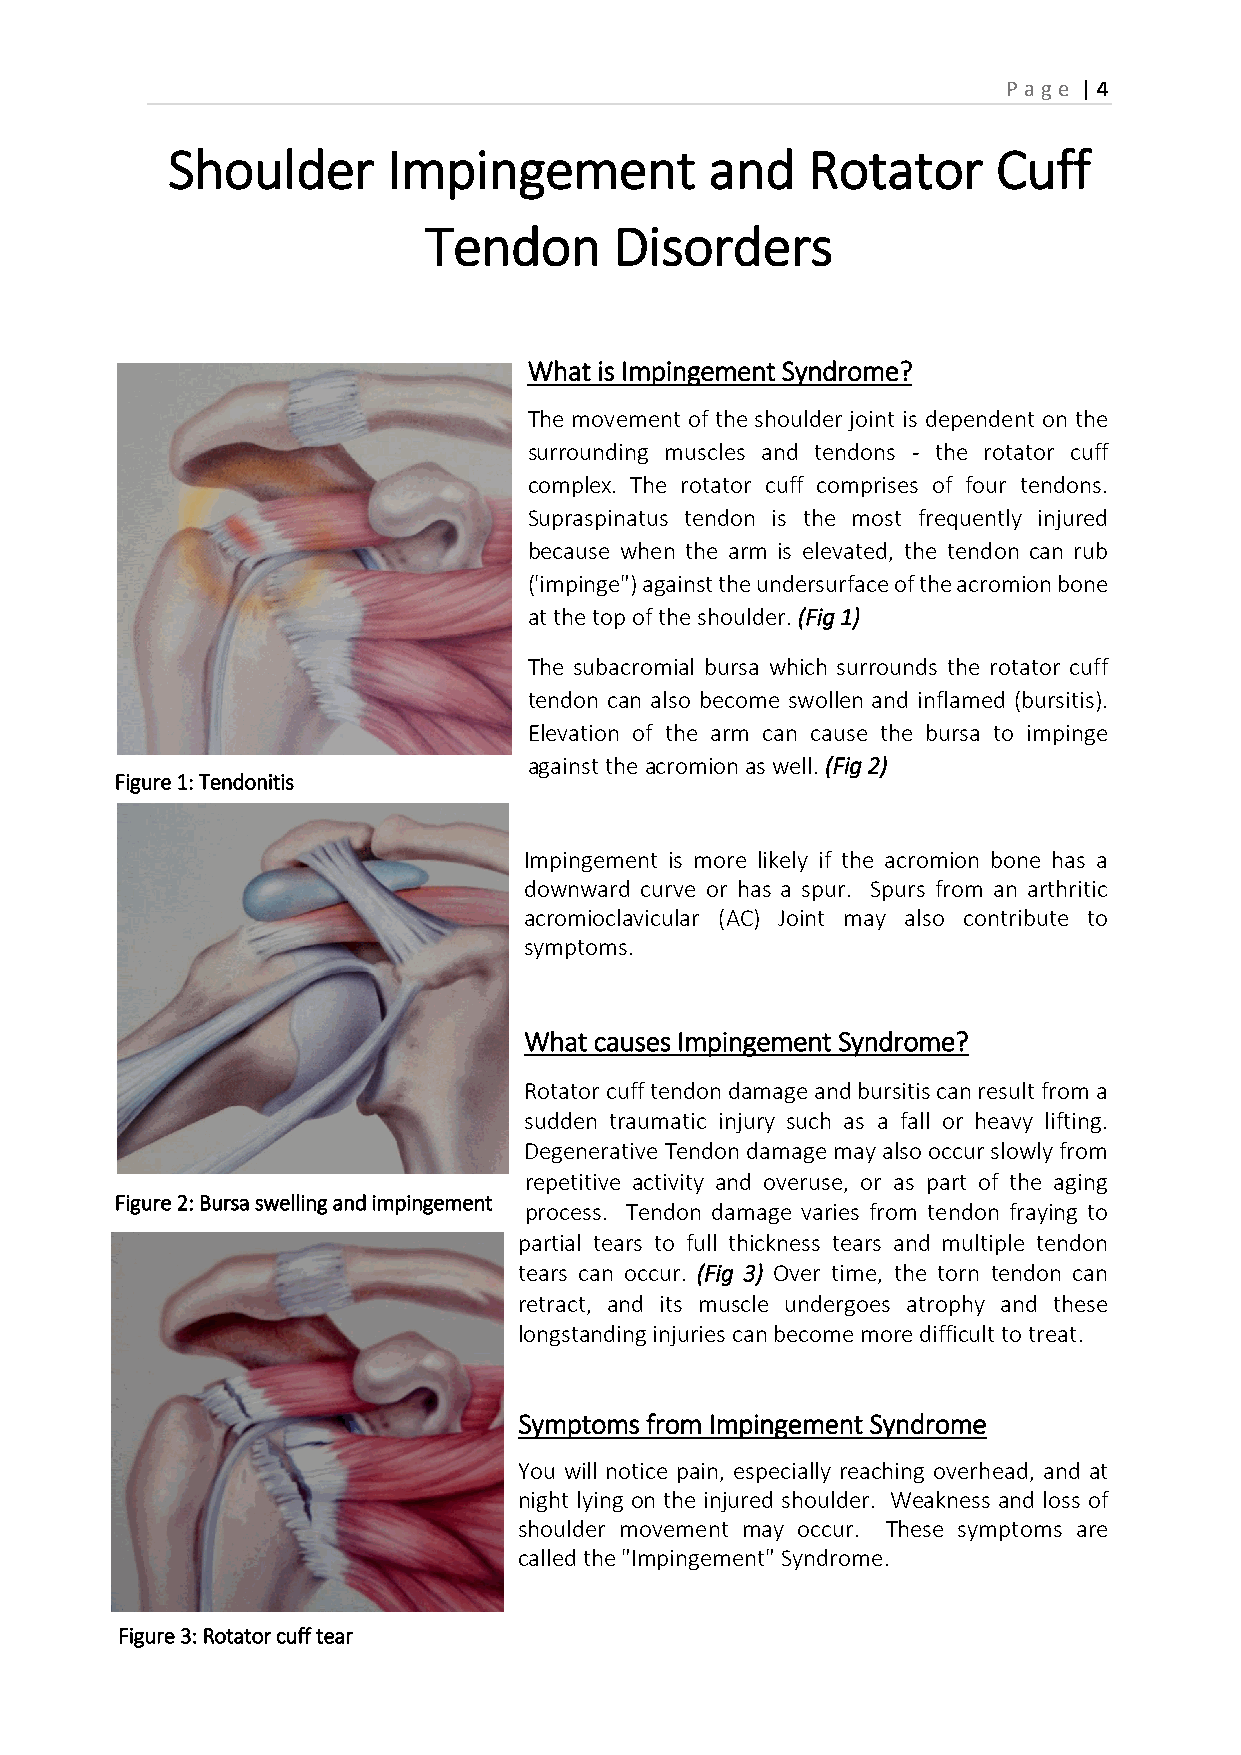
P age | 4
 Shoulder       Impingement          and   Rotator      Cuff
 Tendon       Disorders
 What is Impingement Syndrome?
 The movement of the shoulder joint is dependent on the
 surrounding muscles and tendons - the rotator cuff
 complex. The rotator cuff comprises of four tendons.
 Supraspinatus tendon is the most frequently injured
 because when the arm is elevated, the tendon can rub
 ('impinge") against the undersurface of the acromion bone
 at the top of the shoulder. (Fig 1)
 The subacromial bursa which surrounds the rotator cuff
 tendon can also become swollen and inflamed (bursitis).
 Elevation of the arm can cause the bursa to impinge
 against the acromion as well. (Fig 2)
 Figure 1: Tendonitis
 Impingement is more likely if the acromion bone has a
 downward curve or has a spur. Spurs from an arthritic
 acromioclavicular (AC) Joint may also contribute to
 symptoms.
 What causes Impingement Syndrome?
 Rotator cuff tendon damage and bursitis can result from a
 sudden traumatic injury such as a fall or heavy lifting.
 Degenerative Tendon damage may also occur slowly from
 repetitive activity and overuse, or as part of the aging
 Figure 2: Bursa swelling and impingement
 process. Tendon damage varies from tendon fraying to
 partial tears to full thickness tears and multiple tendon
 tears can occur. (Fig 3) Over time, the torn tendon can
 retract, and its muscle undergoes atrophy and these
 longstanding injuries can become more difficult to treat.
 Symptoms from Impingement Syndrome
 You will notice pain, especially reaching overhead, and at
 night lying on the injured shoulder. Weakness and loss of
 shoulder movement may occur. These symptoms are
 called the "Impingement" Syndrome.
 Figure 3: Rotator cuff tear